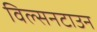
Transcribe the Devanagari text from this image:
विल्सनटाउन